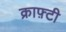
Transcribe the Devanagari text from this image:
क्राफ़्टी